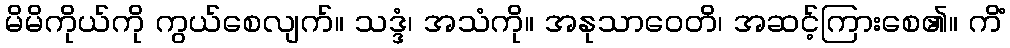
မိမိကိုယ်ကို ကွယ်စေလျက်။ သဒ္ဒံ၊ အသံကို။ အနုသာဝေတိ၊ အဆင့်ကြားစေ၏။ ကိံ